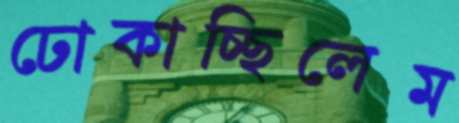
ঢোকাচ্ছিলেম